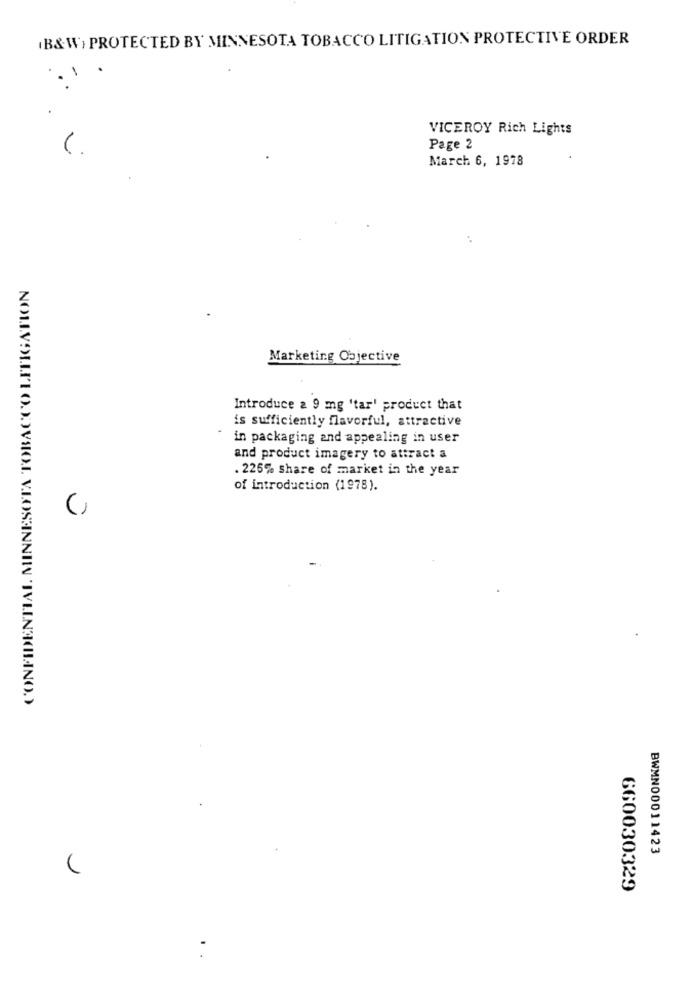
B&W) PROTECTED BY MINNESOTA TOBACCO LITIGATION PROTECTIVE ORDER
VICEROY Rich Lights
Page 2
March 6, 1978
Marketing Objective
Introduce a 9 mg 'tar' product that
is sufficiently flavorful, attractive
in packaging and appealing in user
and product imagery to attract a
. 226% share of market in the year
of introduction (1978).
NOM.VOLLPIOJOVSO.I. V.LOSANNIN 'IVLINA(HINO.)
BWMN00011423
660030329